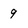
Character: 9